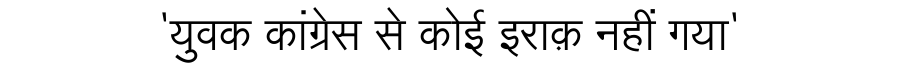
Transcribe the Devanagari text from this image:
'युवक कांग्रेस से कोई इराक़ नहीं गया'